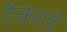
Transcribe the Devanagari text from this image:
टेकाडे